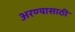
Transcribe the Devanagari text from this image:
अरण्यासाठी